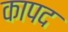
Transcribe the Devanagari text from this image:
कापद